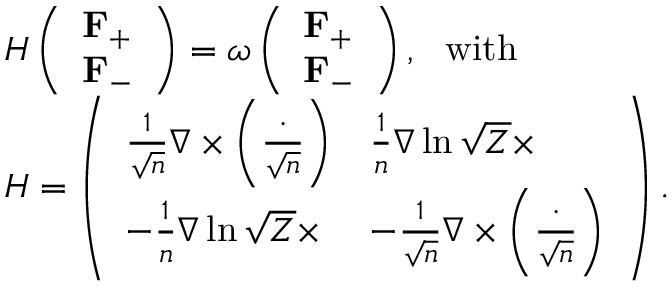
\begin{array} { r l } & { H \left( \begin{array} { l } { \mathbf { F } _ { + } } \\ { \mathbf { F } _ { - } } \end{array} \right) = \omega \left( \begin{array} { l } { \mathbf { F } _ { + } } \\ { \mathbf { F } _ { - } } \end{array} \right) , ~ ~ \mathrm { w i t h } ~ ~ } \\ & { H = \left( \begin{array} { l l } { \frac { 1 } { \sqrt { n } } \nabla \times \left( \frac { \cdot } { \sqrt { n } } \right) } & { \frac { 1 } { n } \nabla \ln \sqrt { Z } \times } \\ { - \frac { 1 } { n } \nabla \ln \sqrt { Z } \times } & { - \frac { 1 } { \sqrt { n } } \nabla \times \left( \frac { \cdot } { \sqrt { n } } \right) } \end{array} \right) . } \end{array}